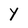
Character: Y